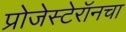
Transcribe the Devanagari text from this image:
प्रोजेस्टेरॉनचा